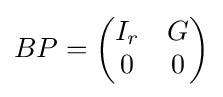
{\textstyle BP={\begin{pmatrix}I_{r}&G\\0&0\end{pmatrix}}}